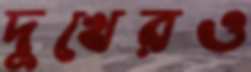
দুখেরও